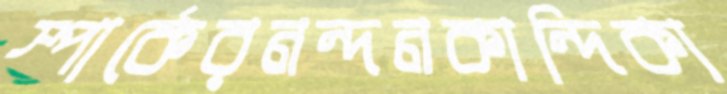
স্পার্কেরনন্দনকান্দিকা